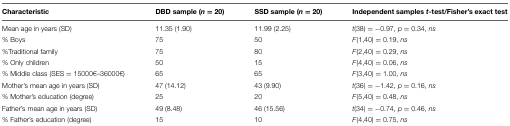
| Characteristic | DBD sample (n = 20) | SSD sample (n = 20) | Independent samples t-test/Fisher’s exact test |
 | --- | --- | --- | --- |
 | Mean age in years (SD) | 11.35 (1.90) | 11.99 (2.25) | t(38) = -0.97, p = 0.34, ns |
 | % Boys | 75 | 50 | F(1,40) = 0.19, ns |
 | %Traditional family | 75 | 80 | F(2,40) = 0.29, ns |
 | % Only children | 50 | 15 | F(4,40) = 0.06, ns |
 | % Middle class (SES = 15000–36000) | 65 | 65 | F(3,40) = 1.00, ns |
 | Mother’s mean age in years (SD) | 47 (14.12) | 43 (9.90) | t(36) = -1.42, p = 0.16, ns |
 | % Mother’s education (degree) | 25 | 20 | F(5,40) = 0.48, ns |
 | Father’s mean age in years (SD) | 49 (8.48) | 46 (15.56) | t(34) = -0.74, p = 0.46, ns |
 | % Father’s education (degree) | 15 | 10 | F(4,40) = 0.75, ns |